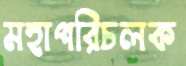
মহাপরিচলক